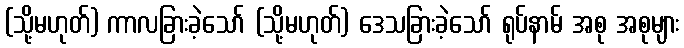
(သို့မဟုတ်) ကာလခြားခဲ့သော် (သို့မဟုတ်) ဒေသခြားခဲ့သော် ရုပ်နာမ် အစု အစုများ